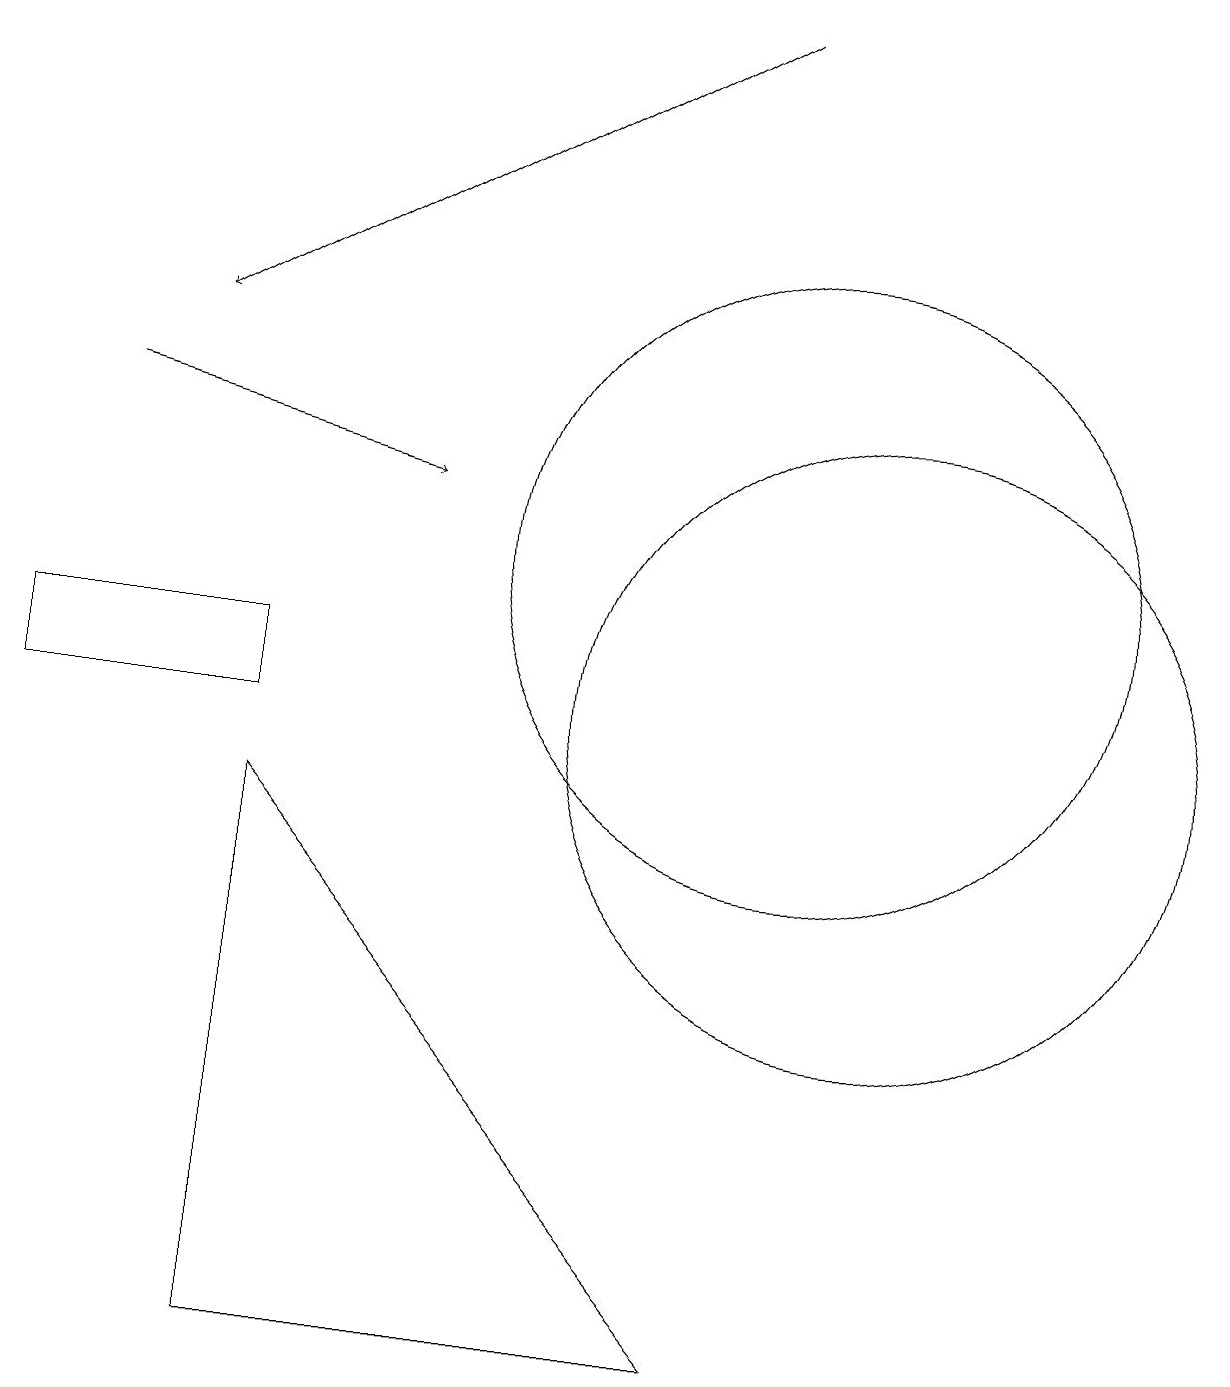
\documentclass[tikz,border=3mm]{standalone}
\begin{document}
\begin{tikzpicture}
\draw (9,2) -- (3,2) -- (3,9) -- cycle;
\draw (3,10) rectangle (0,11);
\draw (11,10) circle (4);
\draw[->] (9,19) -- (2,15);
\draw (10,12) circle (4);
\draw[->] (1,14) -- (5,13);
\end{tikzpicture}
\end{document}